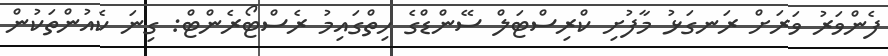
ފެންވަރު ވަރަށް ރަނގަޅު މާފުށި ކްރިސްޓަލް ސޭންޑްގެ ހިތްގައިމު ރެސްޓޯރެންޓް: ގިނަ ކެއުންތަކުން